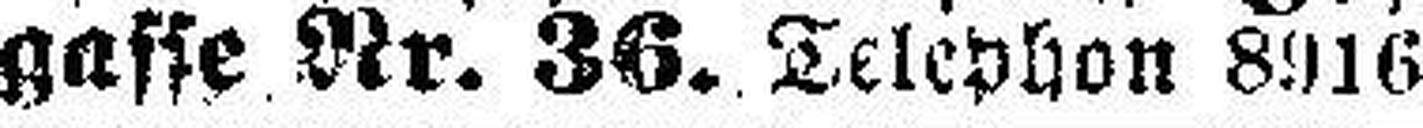
gasse Nr. 36. Telephon 8916.